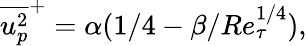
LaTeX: \overline{{u_{p}^{2}}}^{+}=\alpha(1/4-\beta/Re_{\tau}^{1/4}),